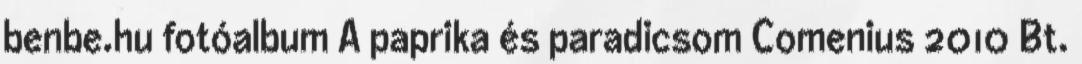
benbe.hu fotóalbum A paprika és paradicsom Comenius 2010 Bt.